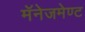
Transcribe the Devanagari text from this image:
मॅनेजमेण्ट